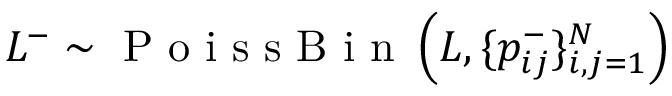
L ^ { - } \sim \mathrm { ~ P ~ o ~ i ~ s ~ s ~ B ~ i ~ n ~ } \left( L , \{ p _ { i j } ^ { - } \} _ { i , j = 1 } ^ { N } \right)